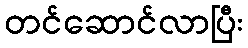
တင်ဆောင်လာပြီး